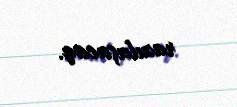
razılaşacaq.